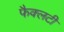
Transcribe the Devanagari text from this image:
फैक्‍लटी